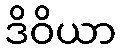
ဒိဝိယာ